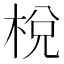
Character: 梲